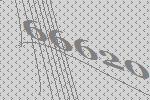
66620